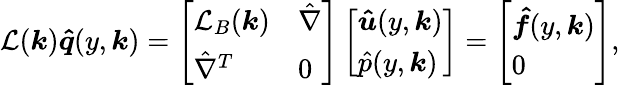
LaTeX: \mathcal{L}(\boldsymbol{k})\boldsymbol{\hat{q}}(y,\boldsymbol{k})=\left[\begin{array}{ll}{\mathcal{L}_{B}(\boldsymbol{k})}&{\hat{\nabla}}\\ {\hat{\nabla}^{T}}&{0}\end{array}\right]\left[\begin{array}{l}{\boldsymbol{\hat{u}}(y,\boldsymbol{k})}\\ {\hat{p}(y,\boldsymbol{k})}\end{array}\right]=\left[\begin{array}{l}{\boldsymbol{\hat{f}}(y,\boldsymbol{k})}\\ {0}\end{array}\right],